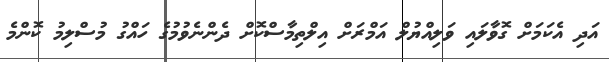
އަދި އެކަމަށް ގޮވާލައި ވަލިއްޔުލް އަމްރަށް އިލްތިމާސްކޮށް ދެންނެވުމުގެ ހައްގު މުސްލިމު ކޮންމެ